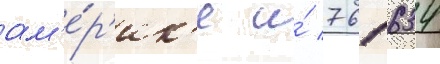
ам'е́р'ик'е и́ 761 634